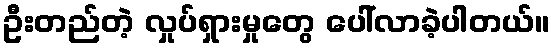
ဦးတည်တဲ့ လှုပ်ရှားမှုတွေ ပေါ်လာခဲ့ပါတယ်။